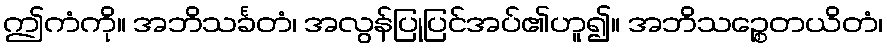
ဤကံကို။ အဘိသင်္ခတံ၊ အလွန်ပြုပြင်အပ်၏ဟူ၍။ အဘိသဉ္စေတယိတံ၊